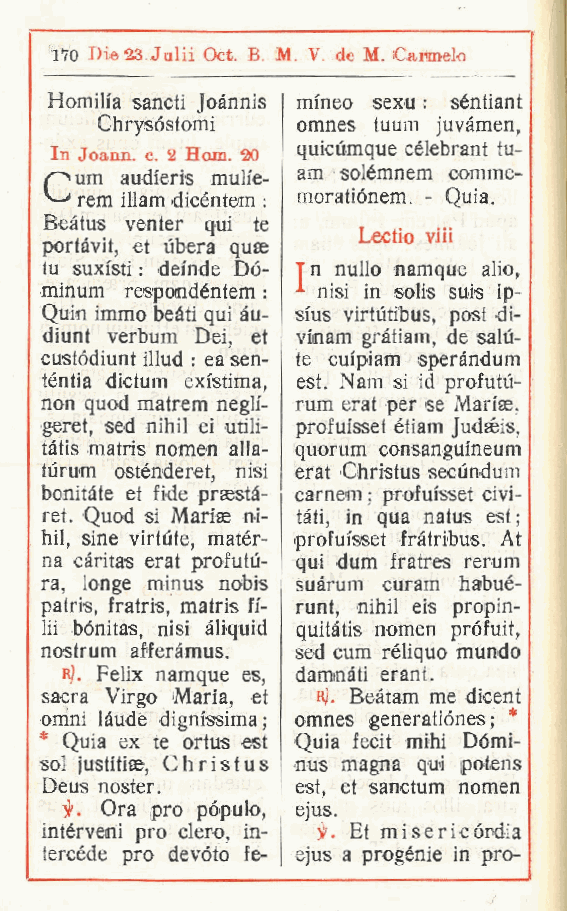
170 Die23 Julii Oct. B. M. V. M. iCAwnelo
 Homih'a sancii Joànnis mineo sexu : séntiant
 Chrysóstomi   omnes tuum juvàmen,
 In Joann. c. 2 Hom. 20 quicùmque célebrant tu-
 um audieris mulie- am solémnem comme-
 rem illam dicéntem : moratiónem. - Quia.
 Beàtus venter qui te
 Lectio viii
 portàvit, et ubera quse
 tu suxisti : deinde Dó- T n nullo namque alio,
 minum respondéntem : . nisi in solis suis ip-
 Quwi immo beati qui àu- sius virtutibus, post di-
 diunt verbum Dei et vinam gràtiam, de salu-
 ,
 custódiunt illud : ea sen- te cuipiam speràndum
 téntia dictum exi'stima est. Nam si id profutù-
 ,
 non quod matrem neglf- rum erat per se Marise,
 .geret sed nihil ei utili- profuisset étiam Judseis,
 ,
 tatis matris nomen alla- quorum consanguineum
 turum osténderet nisi erat Christus secundum
 ,
 bonitàte et fide prsestà- carnem ; profuisset civi-
 ret. Quod si Marise ni- tàti, in qua natus est;
 hil, sine virtute mater- profuisset fràtribus. At
 ,
 na càritas erat profutu- qui dum fratres rerum
 ra, longe minus nobis suàrum curam habué-
 patris, fratris, matris fi- runt, nihil eis propin-
 lii bónitas nisi àliquid quitàtis nomen prófuif,
 ,
 nostrum afferàmus. sed cum réliquo mundo
 r). Felix namque es dammàti erant.
 ,
 sacra Virgo Maria, et R). Beàtam me dicent
 omni làude dignissima; omnes generatiónes ; *
 * Quia ex te ortus est Quia fecit mihi Dómi-
 sol justitiae Christus I nus magna qui potens
 ,
 Deus noster.     est, et sanctum nomen
 5Ì'. Ora prò pópulo, ejus.
 intérveni prò clero in- jK Et misericòrdia
 ,
 tercéde prò devóto fe- ejus a progènie in pro-